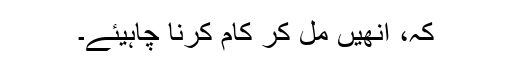
کہ، اُنھیں مل کر کام کرنا چاہیئے۔